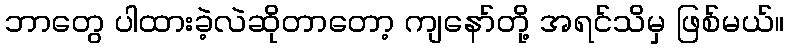
ဘာတွေ ပါထားခဲ့လဲဆိုတာတော့ ကျနော်တို့ အရင်သိမှ ဖြစ်မယ်။